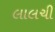
લાલચી